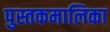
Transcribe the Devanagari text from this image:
पुस्तकमालिका